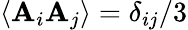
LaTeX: \langle\mathbf{A}_{i}\mathbf{A}_{j}\rangle=\delta_{ij}/3